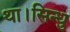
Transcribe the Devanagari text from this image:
था।सिन्धु